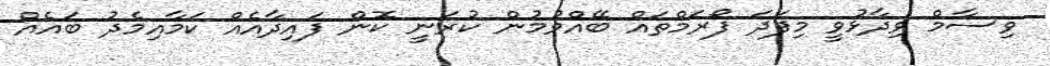
ވިސާމް ވިދާޅުވީ މިފަދަ ފޯރަމްތައް ބޭއްވުމުން ކުރަނީ ކޮން ފައިދާއެއް ކަމާއިމެދު ބައެއް